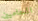
المحاميين